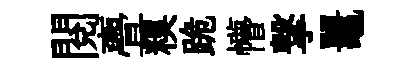
閲亹糗跪懵撃鼉